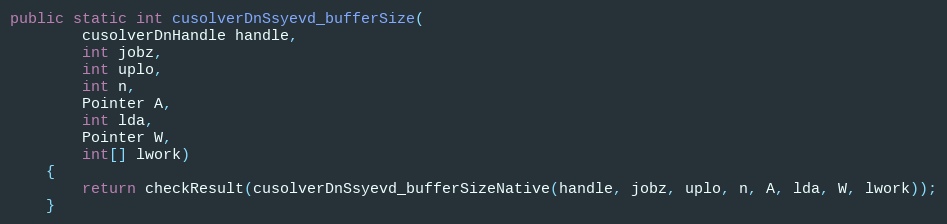
Language: Java
public static int cusolverDnSsyevd_bufferSize(
        cusolverDnHandle handle,
        int jobz,
        int uplo,
        int n,
        Pointer A,
        int lda,
        Pointer W,
        int[] lwork)
    {
        return checkResult(cusolverDnSsyevd_bufferSizeNative(handle, jobz, uplo, n, A, lda, W, lwork));
    }